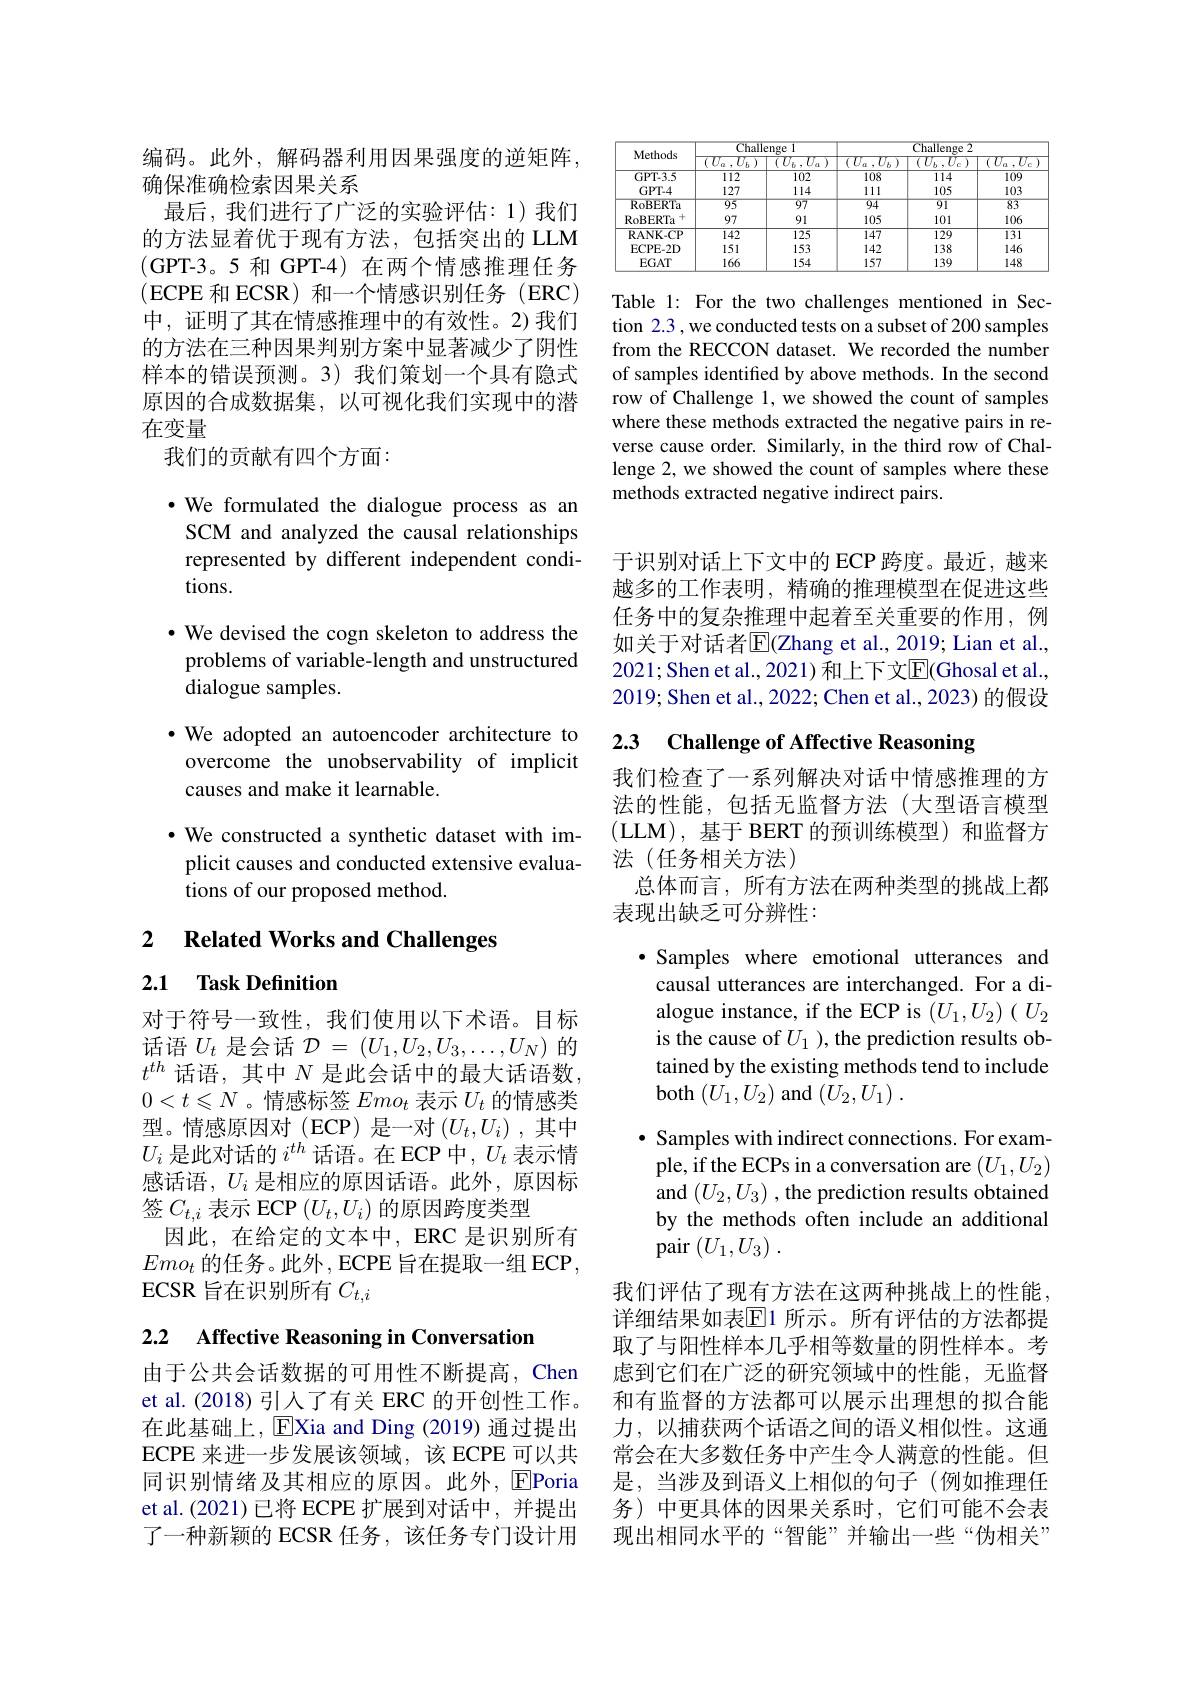
编码。此外，解码器利用因果强度的逆矩阵，
确保准确检索因果关系
最后，我们进行了广泛的实验评估：1)我们的方法显着优于现有方法，包括突出的 LLM (GPT-3。5 和 GPT-4)在两个情感推理任务(ECPE 和 ECSR)和一个情感识别任务(ERC) 中，证明了其在情感推理中的有效性。2)我们的方法在三种因果判别方案中显著减少了阴性样本的错误预测。3)我们策划一个具有隐式原因的合成数据集，以可视化我们实现中的潜在变量
我们的贡献有四个方面：

·We formulated the dialogue process as an SCM and analyzed the causal relationships represented by different independent conditions.
$\cdot$ We devised the cogn skeleton to address the problems of variable-length and unstructured dialogue samples.
·We adopted an autoencoder architecture to overcome the unobservability of implicit causes and make it learnable.
·We constructed a synthetic dataset with implicit causes and conducted extensive evaluations of our proposed method.

2 $\textbf{Related Works and Challenges}$

## 2.1 Task Definition

对于符号一致性，我们使用以下术语。目标话语$U_t$是会话$\mathcal{D}=\left(U_1,U_2,U_3,\ldots,U_N\right)$的$t^{th}$话语，其中$N$是此会话中的最大话语数$0<t\leqslant N$ 。情感标签$Emo_t$表示$U_t$的情感类型。情感原因对(ECP)是一对$\left(U_t,U_i\right)$,其中$U_i$是此对话的$i^th$话语。在 ECP 中，$U_t$表示情感话语，$U_i$是相应的原因话语。此外，原因标签$C_{t,i}$表示 ECP $(U_t,U_i)$的原因跨度类型
因此，在给定的文本中，ERC 是识别所有$Emo_t$的任务。此外 , ECPE 旨在提取一组 ECP, ECSR 旨在识别所有$C_{t,i}$

2.2 Affective Reasoning in Conversation

由于公共会话数据的可用性不断提高，Chen et al.(2018)引入了有关 ERC 的开创性工作。在此基础上，EXia and Ding (2019) 通过提出ECPE 来进一步发展该领域，该 ECPE 可以共同识别情绪及其相应的原因。此外，$\overline{\mathrm{E}}$Poria et al.(2021) 已将 ECPE 扩展到对话中，并提出了一种新颖的 ECSR 任务，该任务专门设计用

<table>
	<tbody>
		<tr>
			<th rowspan="2">Methods</th>
			<th colspan="2">Challenge 1</th>
			<th colspan="3">Challenge 2</th>
		</tr>
		<tr>
			<th> </th>
			<th> </th>
			<th> </th>
			<th> </th>
			<th> </th>
		</tr>
		<tr>
			<td>GPT-3.5</td>
			<td>112</td>
			<td>102</td>
			<td>108</td>
			<td>114</td>
			<td>109</td>
		</tr>
		<tr>
			<td>GPT-4</td>
			<td>127</td>
			<td>114</td>
			<td>111</td>
			<td>105</td>
			<td>103</td>
		</tr>
		<tr>
			<td>RoBERTa</td>
			<td>95</td>
			<td>97</td>
			<td>94</td>
			<td>91</td>
			<td>$\overline{83}$</td>
		</tr>
		<tr>
			<td>+ RoBERTa</td>
			<td>97</td>
			<td>91</td>
			<td>105</td>
			<td>101</td>
			<td>106</td>
		</tr>
		<tr>
			<td>RANK-CP</td>
			<td>142</td>
			<td>$\overline{125}$</td>
			<td>147</td>
			<td>$\overline{129}$</td>
			<td>131</td>
		</tr>
		<tr>
			<td>ECPE- 2D</td>
			<td>151</td>
			<td>153</td>
			<td>142</td>
			<td>138</td>
			<td>146</td>
		</tr>
		<tr>
			<td>EGAT</td>
			<td>166</td>
			<td>154</td>
			<td>157</td>
			<td>139</td>
			<td>148</td>
		</tr>
	</tbody>
</table>

Table 1: For the two challenges mentioned in Section 2.3 , we conducted tests on a subset of 200 samples from the RECCON dataset. We recorded the number of samples identified by above methods. In the second row of Challenge 1, we showed the count of samples where these methods extracted the negative pairs in reverse cause order. Similarly, in the third row of Challenge 2, we showed the count of samples where these methods extracted negative indirect pairs.

于识别对话上下文中的 ECP 跨度。最近，越来越多的工作表明，精确的推理模型在促进这些任务中的复杂推理中起着至关重要的作用，例如关于对话者$\overline{\mathrm{E}}$(Zhang et al., 2019; Lian et al., 2021;Shen et al., 2021) 和上下文$\overline{\mathrm{E}}($Ghosal et al., 2019; Shen et al., 2022; Chen et al., 2023) 的假设

## 2.3 Challenge of Affective Reasoning

我们检查了一系列解决对话中情感推理的方法的性能，包括无监督方法(大型语言模型(LLM),基于 BERT 的预训练模型)和监督方法(任务相关方法)
总体而言，所有方法在两种类型的挑战上都
表现出缺乏可分辨性：

$\cdot$ Samples where emotional utterances and

causal utterances are interchanged. For a di-

alogue instance, if the ECP is $(U_1,U_2)(U_2$

is the cause of $U_1$ ), the prediction results ob-

tained by the existing methods tend to include

${\mathrm{both}}\left(U_{1},U_{2}\right){\mathrm{and}}\left(U_{2},U_{1}\right).$

$\cdot$ Samples with indirect connections. For exam-

ple, if the ECPs in a conversation are $(U_1,U_2)$

and $(U_2,U_3)$ , the prediction results obtained

by the methods often include an additional

pair $( U_1, U_3)$ .

我们评估了现有方法在这两种挑战上的性能详细结果如表$\overline{\mathrm{E}}$1 所示。所有评估的方法都提取了与阳性样本几乎相等数量的阴性样本。考虑到它们在广泛的研究领域中的性能，无监督和有监督的方法都可以展示出理想的拟合能力，以捕获两个话语之间的语义相似性。这通常会在大多数任务中产生令人满意的性能。但是，当涉及到语义上相似的句子(例如推理任务) 中更具体的因果关系时，它们可能不会表现出相同水平的“智能”并输出一些“伪相关”